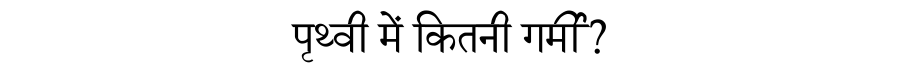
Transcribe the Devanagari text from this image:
पृथ्वी में कितनी गर्मी?